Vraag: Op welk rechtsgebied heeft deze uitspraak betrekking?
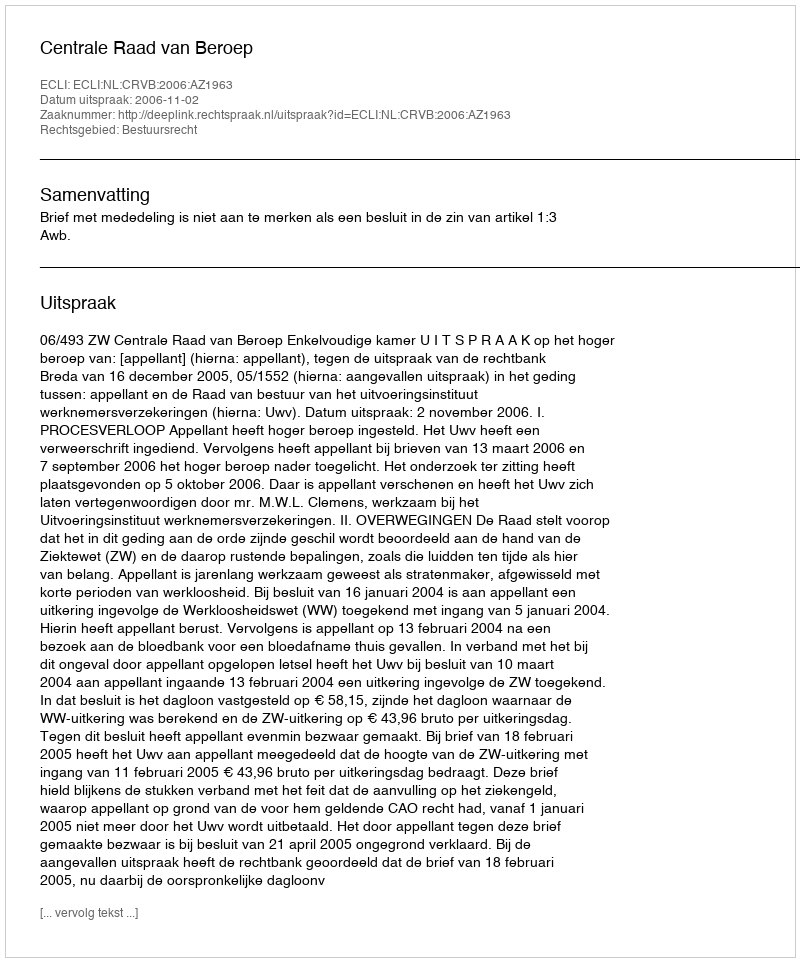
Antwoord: Bestuursrecht